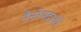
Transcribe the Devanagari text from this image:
नैनोपदार्थों